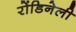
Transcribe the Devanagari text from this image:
रोंडिनेली